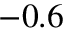
- 0 . 6